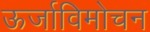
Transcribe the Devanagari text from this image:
ऊर्जाविमोचन